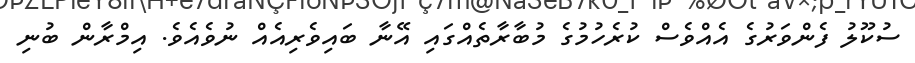
ސުކޫލު ފެންވަރުގެ އެއްވެސް ކުރެހުމުގެ މުބާރާތެއްގައި އޭނާ ބައިވެރިއެއް ނުވެއެވެ. އިމްރާން ބުނި